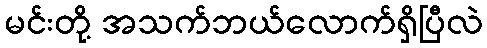
မင်းတို့ အသက်ဘယ်လောက်ရှိပြီလဲ